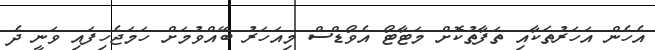
އެހެން އަހަރުތަކާއި ތަފާތުކޮށް މަޓާޓޯ އެވޯޑްސް މިއަހަރު ބޭއްވުމަށް ހަމަޖެހިފައި ވަނީ ދެ